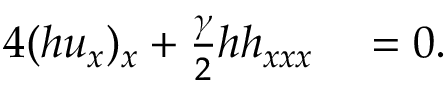
\begin{array} { r l } { 4 ( h u _ { x } ) _ { x } + \frac { \gamma } { 2 } h h _ { x x x } } & { { } = 0 . } \end{array}